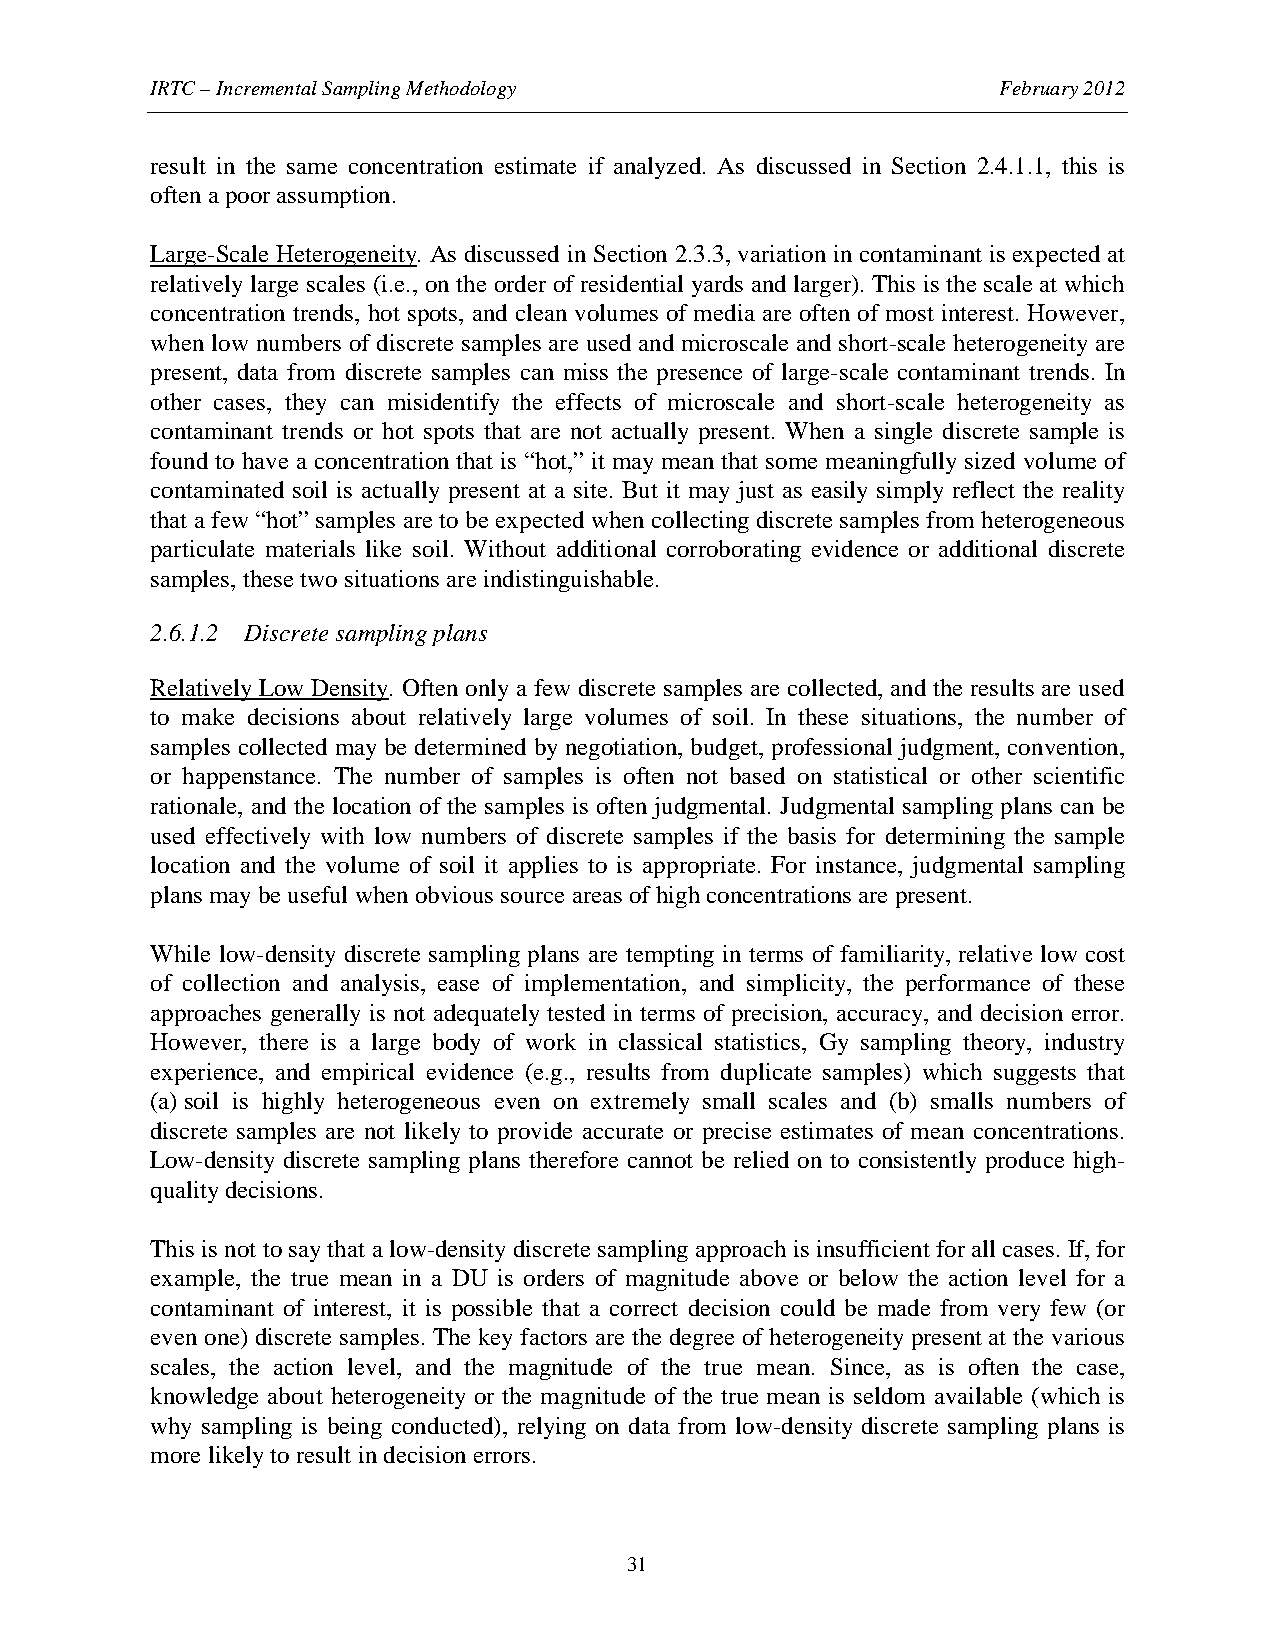
IRTC – Incremental Sampling Methodology                 February 2012
 result in the same concentration estimate if analyzed. As discussed in Section 2.4.1.1, this is
 often a poor assumption.
 Large-Scale Heterogeneity. As discussed in Section 2.3.3, variation in contaminant is expected at
 relatively large scales (i.e., on the order of residential yards and larger). This is the scale at which
 concentration trends, hot spots, and clean volumes of media are often of most interest. However,
 when low numbers of discrete samples are used and microscale and short-scale heterogeneity are
 present, data from discrete samples can miss the presence of large-scale contaminant trends. In
 other cases, they can misidentify the effects of microscale and short-scale heterogeneity as
 contaminant trends or hot spots that are not actually present. When a single discrete sample is
 found to have a concentration that is “hot,” it may mean that some meaningfully sized volume of
 contaminated soil is actually present at a site. But it may just as easily simply reflect the reality
 that a few “hot” samples are to be expected when collecting discrete samples from heterogeneous
 particulate materials like soil. Without additional corroborating evidence or additional discrete
 samples, these two situations are indistinguishable.
 2.6.1.2 Discrete sampling plans
 Relatively Low Density. Often only a few discrete samples are collected, and the results are used
 to make decisions about relatively large volumes of soil. In these situations, the number of
 samples collected may be determined by negotiation, budget, professional judgment, convention,
 or happenstance. The number of samples is often not based on statistical or other scientific
 rationale, and the location of the samples is often judgmental. Judgmental sampling plans can be
 used effectively with low numbers of discrete samples if the basis for determining the sample
 location and the volume of soil it applies to is appropriate. For instance, judgmental sampling
 plans may be useful when obvious source areas of high concentrations are present.
 While low-density discrete sampling plans are tempting in terms of familiarity, relative low cost
 of collection and analysis, ease of implementation, and simplicity, the performance of these
 approaches generally is not adequately tested in terms of precision, accuracy, and decision error.
 However, there is a large body of work in classical statistics, Gy sampling theory, industry
 experience, and empirical evidence (e.g., results from duplicate samples) which suggests that
 (a) soil is highly heterogeneous even on extremely small scales and (b) smalls numbers of
 discrete samples are not likely to provide accurate or precise estimates of mean concentrations.
 Low-density discrete sampling plans therefore cannot be relied on to consistently produce high-
 quality decisions.
 This is not to say that a low-density discrete sampling approach is insufficient for all cases. If, for
 example, the true mean in a DU is orders of magnitude above or below the action level for a
 contaminant of interest, it is possible that a correct decision could be made from very few (or
 even one) discrete samples. The key factors are the degree of heterogeneity present at the various
 scales, the action level, and the magnitude of the true mean. Since, as is often the case,
 knowledge about heterogeneity or the magnitude of the true mean is seldom available (which is
 why sampling is being conducted), relying on data from low-density discrete sampling plans is
 more likely to result in decision errors.
 31